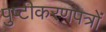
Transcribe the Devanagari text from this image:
पुष्टीकरणपत्रों